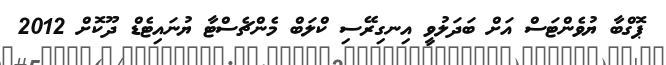
ޕޮގްބާ ޔުވެންޓަސް އަށް ބަދަލުވީ އިނގިރޭސި ކްލަބް މެންޗެސްޓާ ޔުނައިޓެޑް ދޫކޮށް 2012